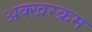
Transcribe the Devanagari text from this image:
अक्खरक्रम